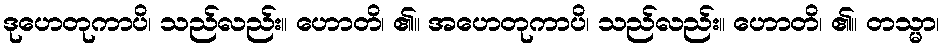
ဒုဟေတုကာပိ၊ သည်လည်း။ ဟောတိ၊ ၏။ အဟေတုကာပိ၊ သည်လည်း။ ဟောတိ၊ ၏။ တသ္မာ၊